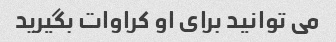
می توانید برای او کراوات بگیرید